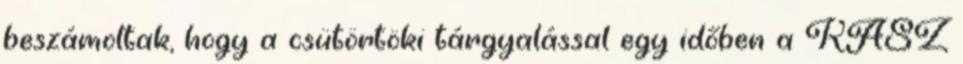
beszámoltak, hogy a csütörtöki tárgyalással egy időben a KASZ